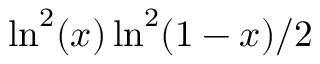
\ln ^ { 2 } ( x ) \ln ^ { 2 } ( 1 - x ) / 2